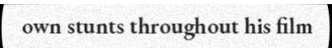
own stunts throughout his film